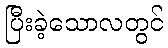
ပြီးခဲ့သောလတွင်